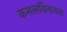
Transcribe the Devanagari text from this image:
कमलविनायक